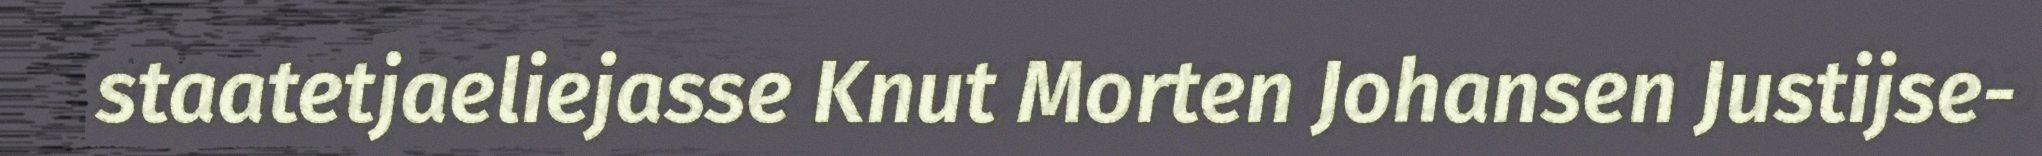
staatetjaeliejasse Knut Morten Johansen Justijse-